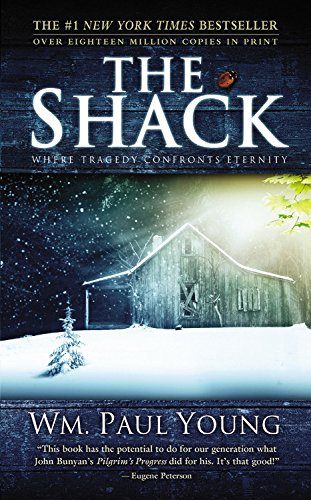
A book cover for The Shack; Wm. Paul Young; Mystery, Thriller & Suspense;